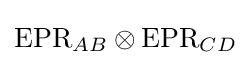
\mathrm {EPR} _{AB}\otimes \mathrm {EPR} _{CD}